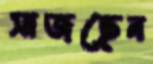
সাজছেন